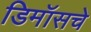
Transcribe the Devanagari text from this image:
डिमॉसचे